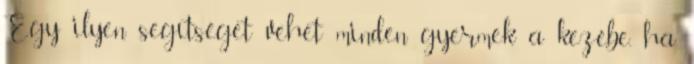
Egy ilyen segítséget vehet minden gyermek a kezébe, ha